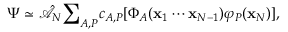
\Psi \simeq \hat { \mathcal { A } } _ { N } { \sum } _ { A , P } c _ { A , P } [ \Phi _ { A } ( \mathbf { x } _ { 1 } \cdots \mathbf { x } _ { N - 1 } ) \varphi _ { P } ( \mathbf { x } _ { N } ) ] ,